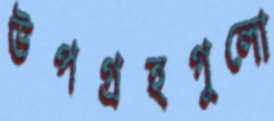
উপগ্রহগুলো